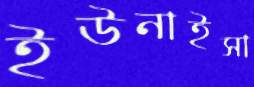
ইউনাইসা